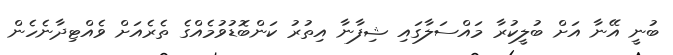
ބުނީ އޭނާ އަށް ބުލީކުރާ މައްސަލާގައި ޝިފާނާ އިތުރު ކަންބޮޑުވުމެއްގެ ތެރެއަށް ވެއްޓިދާނެހެން